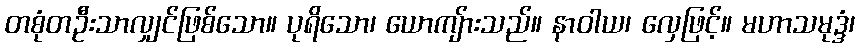
တစုံတဦးသာလျှင်ဖြစ်သော။ ပုရိသော၊ ယောကျ်ားသည်။ နာဝါယ၊ လှေဖြင့်။ မဟာသမုဒ္ဒံ၊